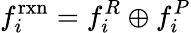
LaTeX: f_{i}^{\mathrm{rxn}}=f_{i}^{R}\oplus f_{i}^{P}